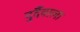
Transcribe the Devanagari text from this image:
दुर्दैवाला